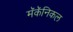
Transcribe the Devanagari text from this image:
मॅकॅनिकल